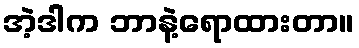
အဲ့ဒါက ဘာနဲ့ရောထားတာ။